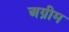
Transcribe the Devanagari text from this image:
अग्रीम